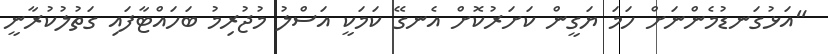
"އަޅުގަނޑުމެންނަށް ހަމަ ޔަގީން ކަށަރުކޮށް އެނގޭ ކަމަކީ އަސްލު މުޖުރިމު ބަހައްޓާފައި ގަތުލުކުރާނީ